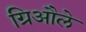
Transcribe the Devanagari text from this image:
ग्रिऔले